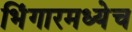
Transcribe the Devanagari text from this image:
भिंगारमध्येच